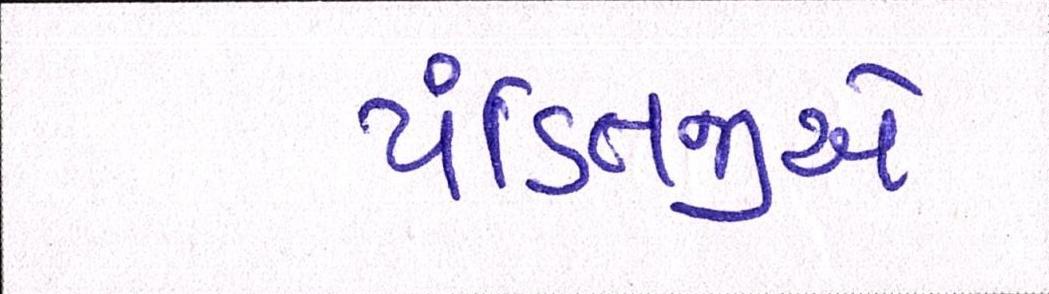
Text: પંડિતજીએ